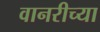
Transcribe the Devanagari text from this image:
वानरीच्या